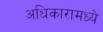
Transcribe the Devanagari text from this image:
अधिकारामध्ये